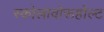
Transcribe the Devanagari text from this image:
स्कोलावोरूहोल्ट